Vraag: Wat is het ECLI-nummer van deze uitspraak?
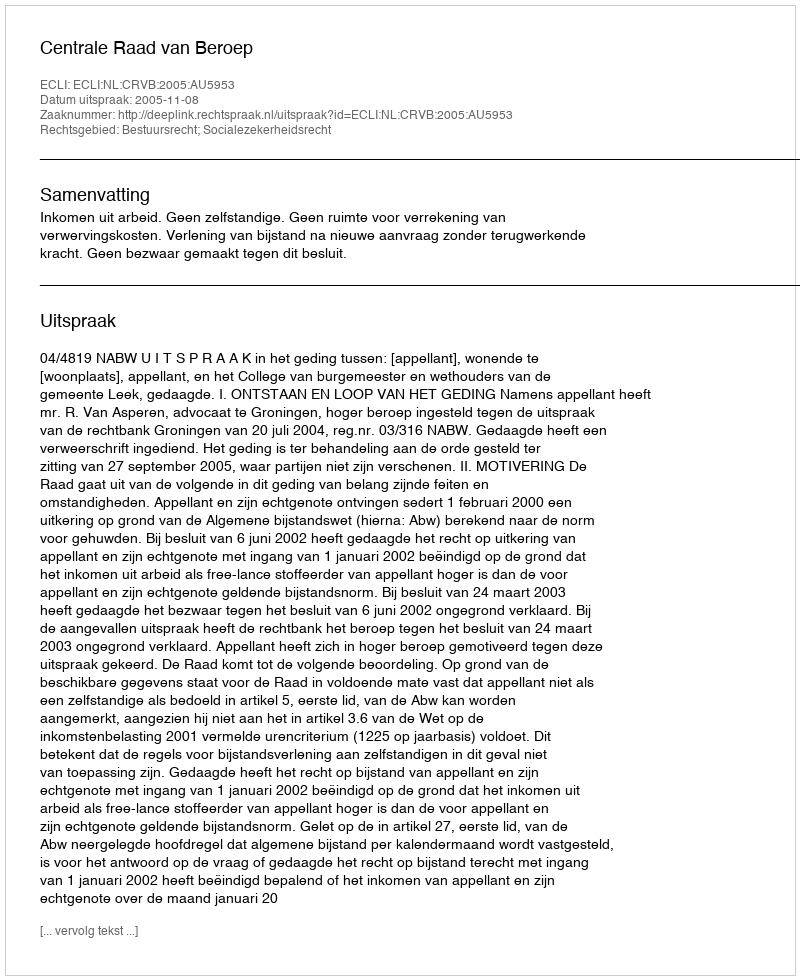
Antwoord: ECLI:NL:CRVB:2005:AU5953